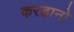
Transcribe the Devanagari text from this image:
करडानो